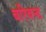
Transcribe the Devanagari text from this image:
बरिबन्ड